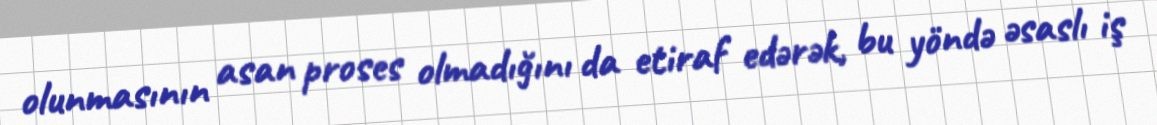
olunmasının asan proses olmadığını da etiraf edərək, bu yöndə əsaslı iş